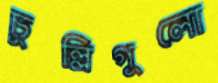
চুল্লিগুলো